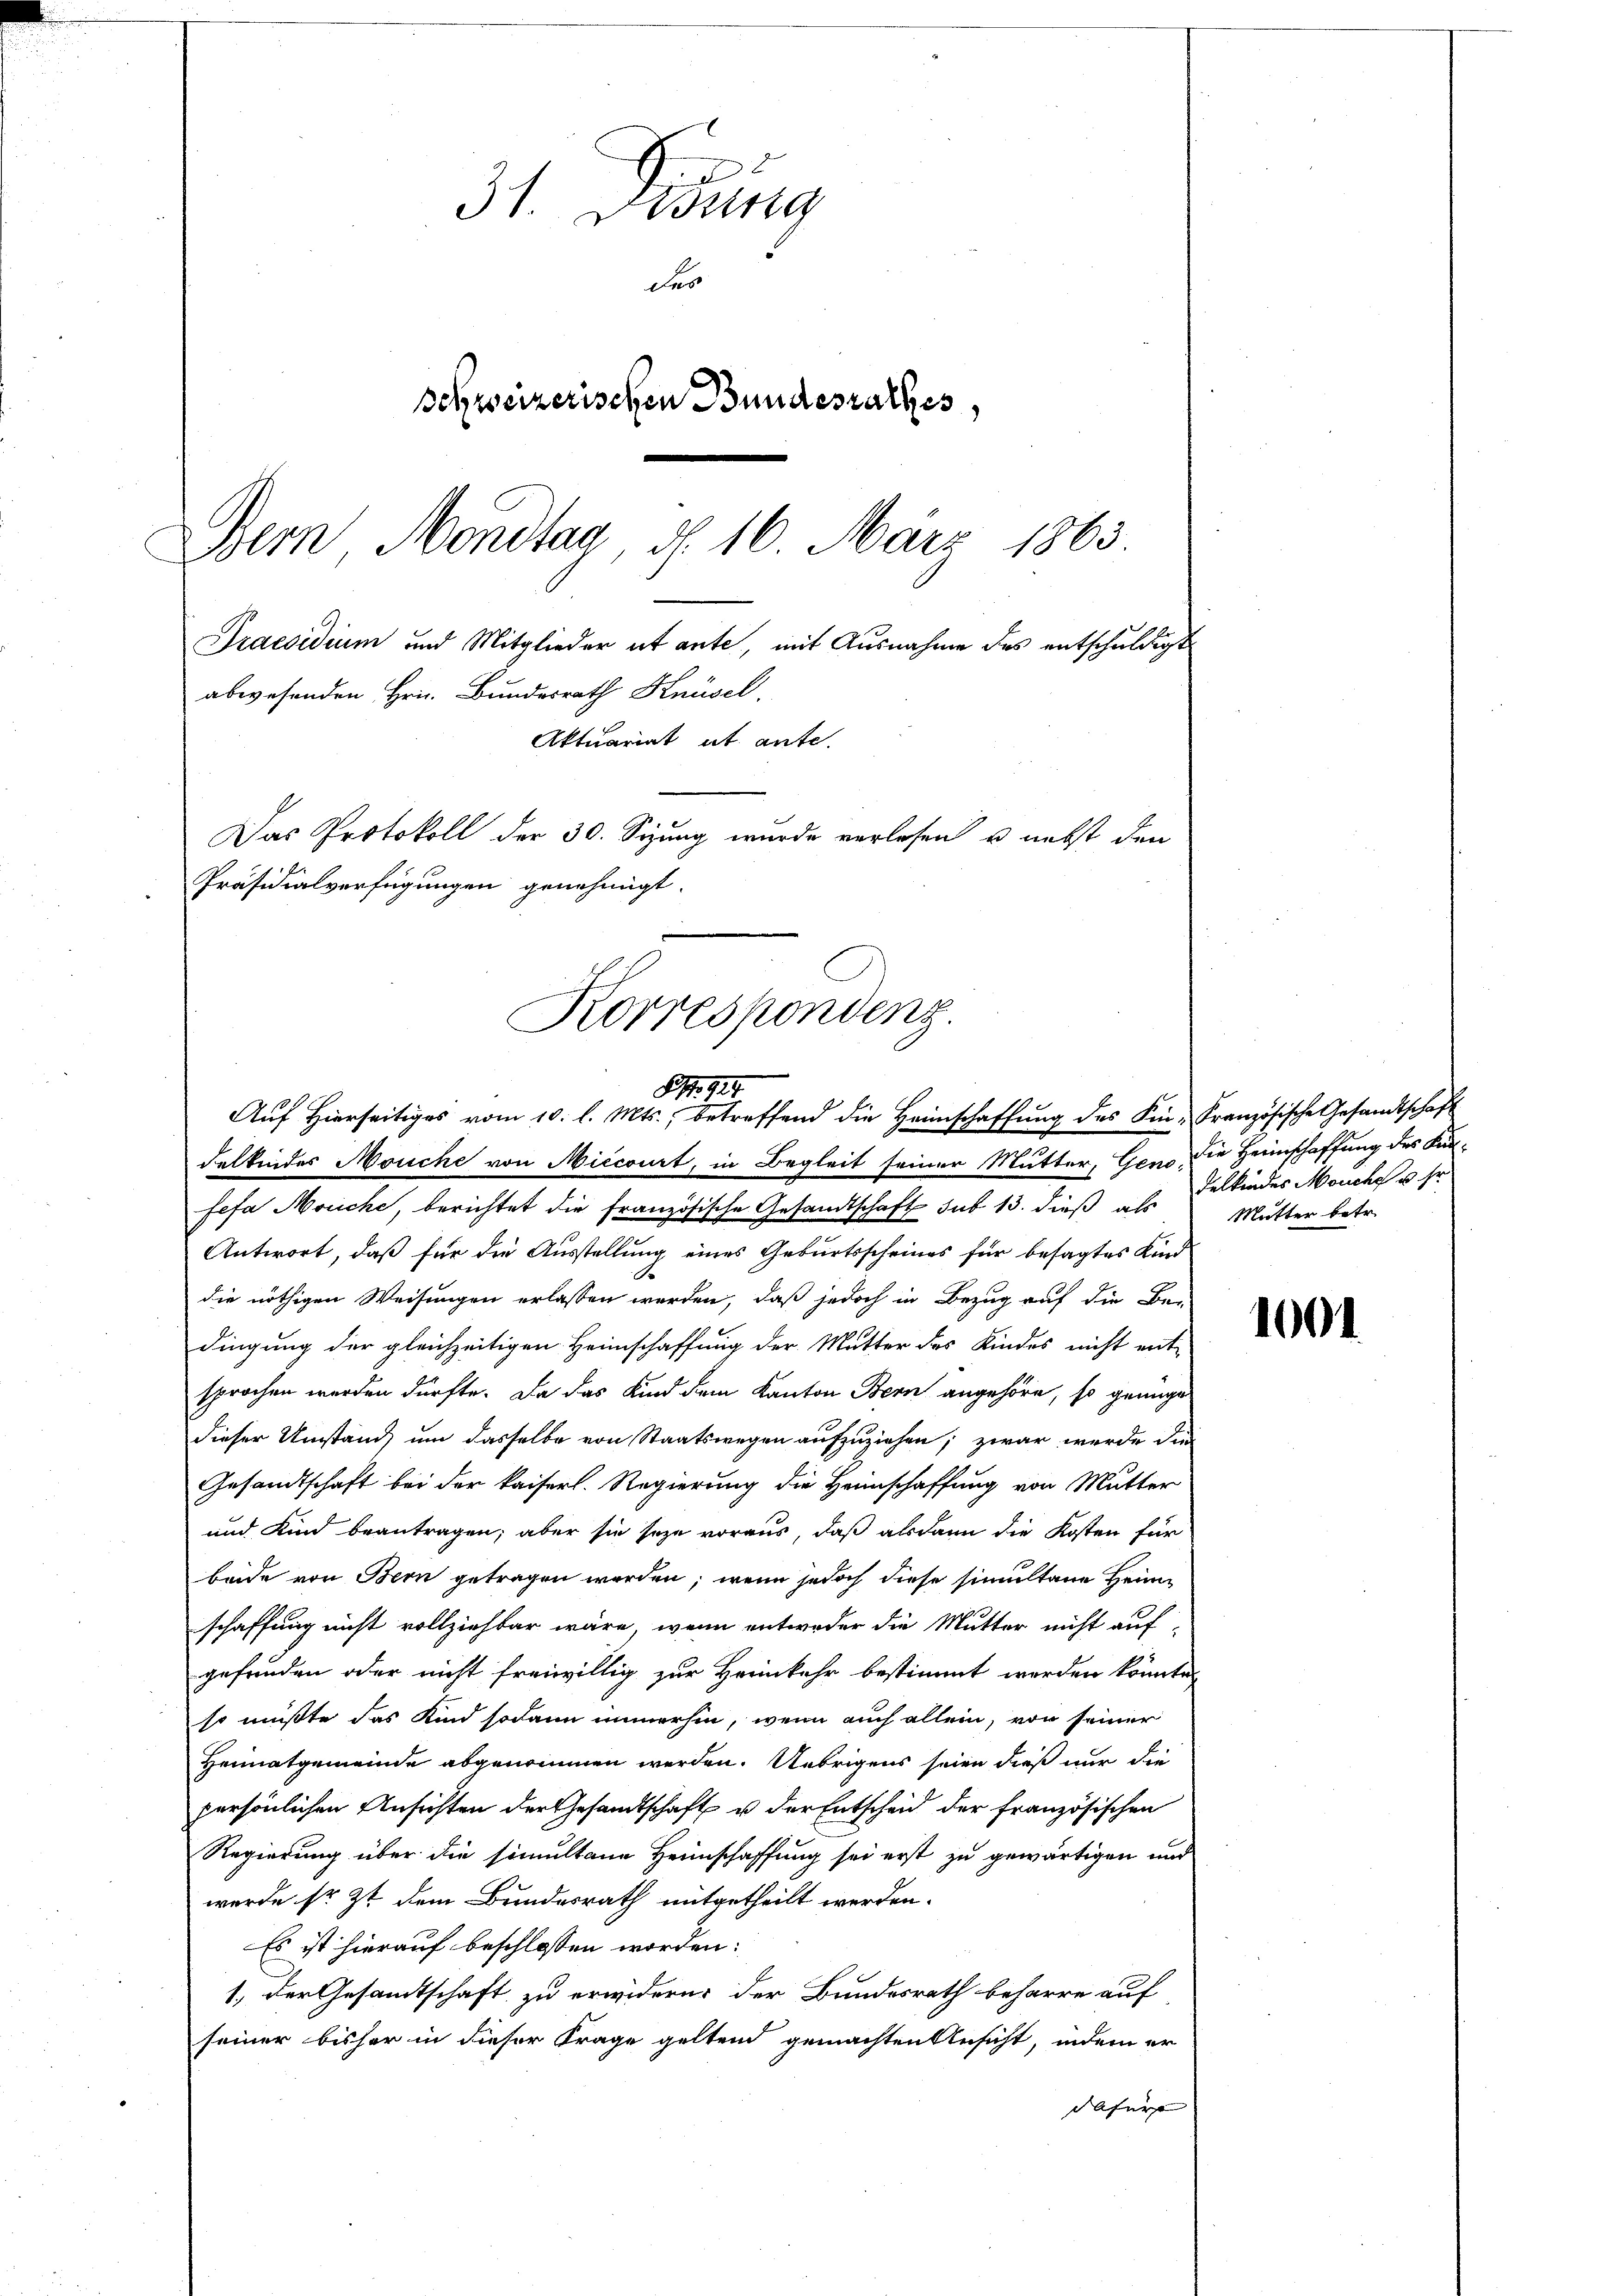
abwesenden Hrn. Bundesrath Knüsel.
Präsidialverfügungen genehmigt.
Korrespondenz.
S. 914.
Aŭf Hierseitiges vom 10. l. Mts., betreffend die Heimschaffŭng des Kin-Französische Gesandtschaft

g
31. Dessing
des
schweizerischen Bundesrathes,
Bern, Hondtag, d. 16. März 1863

Praesidium und Mitglieder et ante, mit Ausnahme des entschuldigt
Aktuariat ut ante.
Das Protokoll der 30. Sizung wurde verlesen u. nebst den

delkindes Mouche von Miccourt, in Begleit seiner Mutter, Geno, die Heimschaffung des Kanefa Mouche, berichtet die französische Gesandtschaft sub 13. dieß als Mutter betr.
Antwort, daß für die Ausstellung eines Geburtsscheines für besagtes Kind
B
die nöthigen Weisungen erlassen werden, daß jedoch in Bezug auf die Be-
dingung der gleichzeitigen Heimschaffung der Mutter des Kindes nicht ent-
sprochen werden dürfte. Da das Kind dem Kanton Bern angehöre, so genüge
dieser Umstand um dasselbe von Staatswegen aufzuziehen; zwar werde die
Gesandtschaft bei der kaiserl. Regierung die Heimschaffung von Mutter
und Kind beantragen; aber sie seye voraus, daß alsdann die Kosten für
beide von Bern getragen worden, wenn jedoch diese simultane Heimschaffung nicht vollziehbar wäre, wenn entweder die Mutter nicht auf-
gefunden oder nicht freiwillig zur Heimkehr bestimmt werden könnte,
so müßte das Kind sodann immerhin, wenn auch allein, von seiner
Heimatgemeinde abgenommen werden. Uebrigens seien dieß nur die
persönlichen Ansichten der Gesandtschaft u der Entscheid der französischen
Regierung über die simultane Heimschaffung sei erst zu gewärtigen und
wurde sr. Zt. dem Bundesrath mitgetheilt werden.
Es ist hierauf beschlossen worden:
1. Der Gesandtschaft zu erwidern, der Bundesrath beharre auf
seiner bisher in dieser Frage geltend gemachten Ansicht, indem er
dafür

delkindes Meuche u. Er

1001